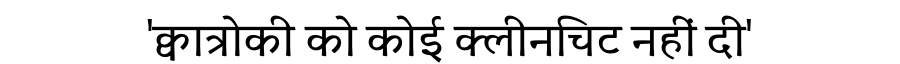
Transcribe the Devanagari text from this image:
'क्वात्रोकी को कोई क्लीनचिट नहीं दी'